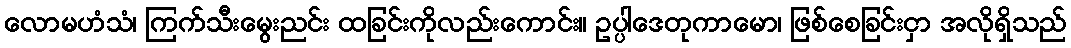
လောမဟံသံ၊ ကြက်သီးမွေးညင်း ထခြင်းကိုလည်းကောင်း။ ဥပ္ပါဒေတုကာမော၊ ဖြစ်စေခြင်းငှာ အလိုရှိသည်